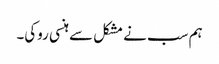
ہم سب نے مشکل سے ہنسی روکی۔